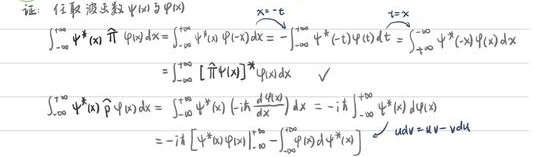
证：任取波函数 \(\psi(x)\) 与 \(\varphi(x)\)
\[
\begin{align*}
\int_{-\infty}^{+\infty} \psi^{*}(x) \hat{H} \varphi(x) \mathrm{d}x &=\int_{-\infty}^{+\infty} \psi^{*}(x) \varphi(-x) \mathrm{d}x =-\int_{+\infty}^{-\infty} \psi^{*}(-t) \varphi(t) \mathrm{d}t =\int_{-\infty}^{+\infty} \psi^{*}(-x) \varphi(x) \mathrm{d}x\\
&=\int_{-\infty}^{+\infty} [\hat{H} \psi(x)]^{*} \varphi(x) \mathrm{d}x \quad \checkmark\\
\int_{-\infty}^{+\infty} \psi^{*}(x) \hat{p} \varphi(x) \mathrm{d}x &=\int_{-\infty}^{+\infty} \psi^{*}(x) \left(-i \hbar \frac{\mathrm{d}}{\mathrm{d}x} \right) \varphi(x) \mathrm{d}x =-i \hbar \int_{-\infty}^{+\infty} \psi^{*}(x) \mathrm{d} \varphi(x)\\
&=-i \hbar \left[ \psi^{*}(x) \varphi(x) \big|_{-\infty}^{+\infty}-\int_{-\infty}^{+\infty} \varphi(x) \mathrm{d} \psi^{*}(x) \right] \quad \big|_{u \mathrm{d}v = u \mathrm{d}v - v \mathrm{d}u}
\end{align*}
\]